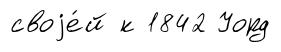
своjе́й к 1842 Уорд